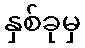
နှစ်ခုမှ